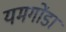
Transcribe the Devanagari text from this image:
यमगोंडा